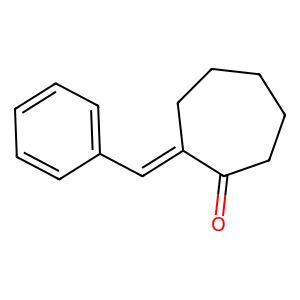
SMILES: O=C1CCCCCC1=Cc1ccccc1
Inhibits HIV replication: No